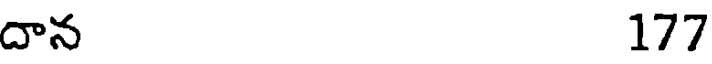
దాన 177